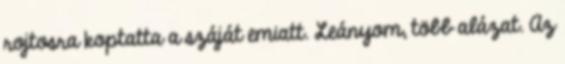
rojtosra koptatta a száját emiatt. Leányom, több alázat. Az